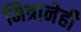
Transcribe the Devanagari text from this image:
मित्रानेही